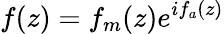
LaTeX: f(z)=f_{m}(z)e^{if_{a}(z)}